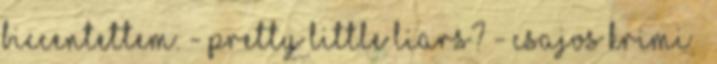
biccentettem. - Pretty Little Liars? - Csajos krimi –